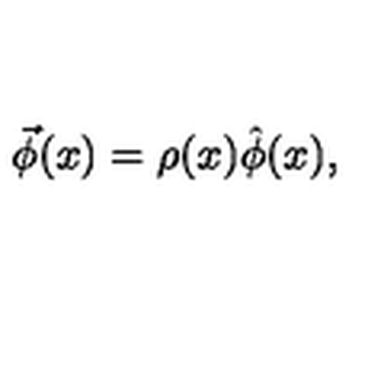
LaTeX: \vec { \phi } ( x ) = \rho ( x ) \hat { \phi } ( x ) ,